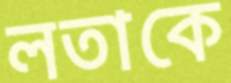
লতাকে